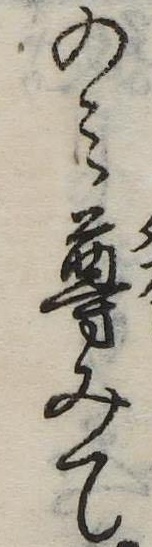
のみ尊みて